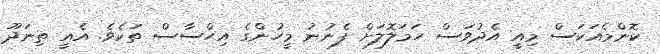
ކޮންމެއަކަސް މިއީ އެދުވަސް ހަމަލޮލަށް ފެނުނު މީހުންގެ އިޙްސާސް ތަކެވެ. އެއީ ތިނަދޫ